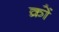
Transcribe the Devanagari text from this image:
क्रों